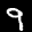
Label: 9